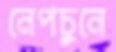
নেপচুনে